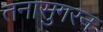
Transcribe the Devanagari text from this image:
तनासुगरन